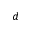
d